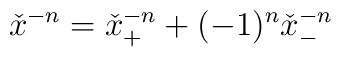
{\check{x}}^{-n}={\check{x}}_+^{-n}+(-1)^n{\check{x}}_-^{-n}